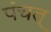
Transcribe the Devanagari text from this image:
पंचत्‌